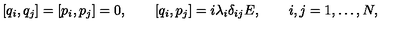
[ q _ { i } , q _ { j } ] = [ p _ { i } , p _ { j } ] = 0 , \qquad [ q _ { i } , p _ { j } ] = i \lambda _ { i } \delta _ { i j } E , \qquad i , j = 1 , \dots , N ,